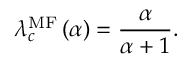
\lambda _ { c } ^ { \mathrm { M F } } \left( \alpha \right) = \frac { \alpha } { \alpha + 1 } .